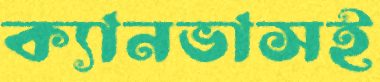
ক্যানভাসই